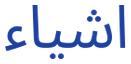
اشياء